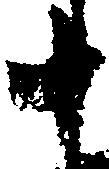
十